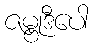
ဇမ္ဗုဒီပေါ